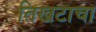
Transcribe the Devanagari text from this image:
तिखटाचा